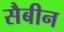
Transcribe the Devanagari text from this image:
सैबीन